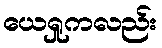
ယေရှုကလည်း